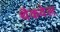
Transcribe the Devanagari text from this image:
थैकवेल